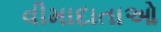
વીમાદાતાઓ